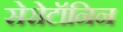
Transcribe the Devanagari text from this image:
सेरोटॉनिन